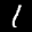
Label: 1